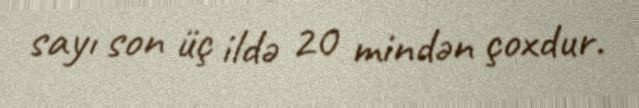
sayı son üç ildə 20 mindən çoxdur.